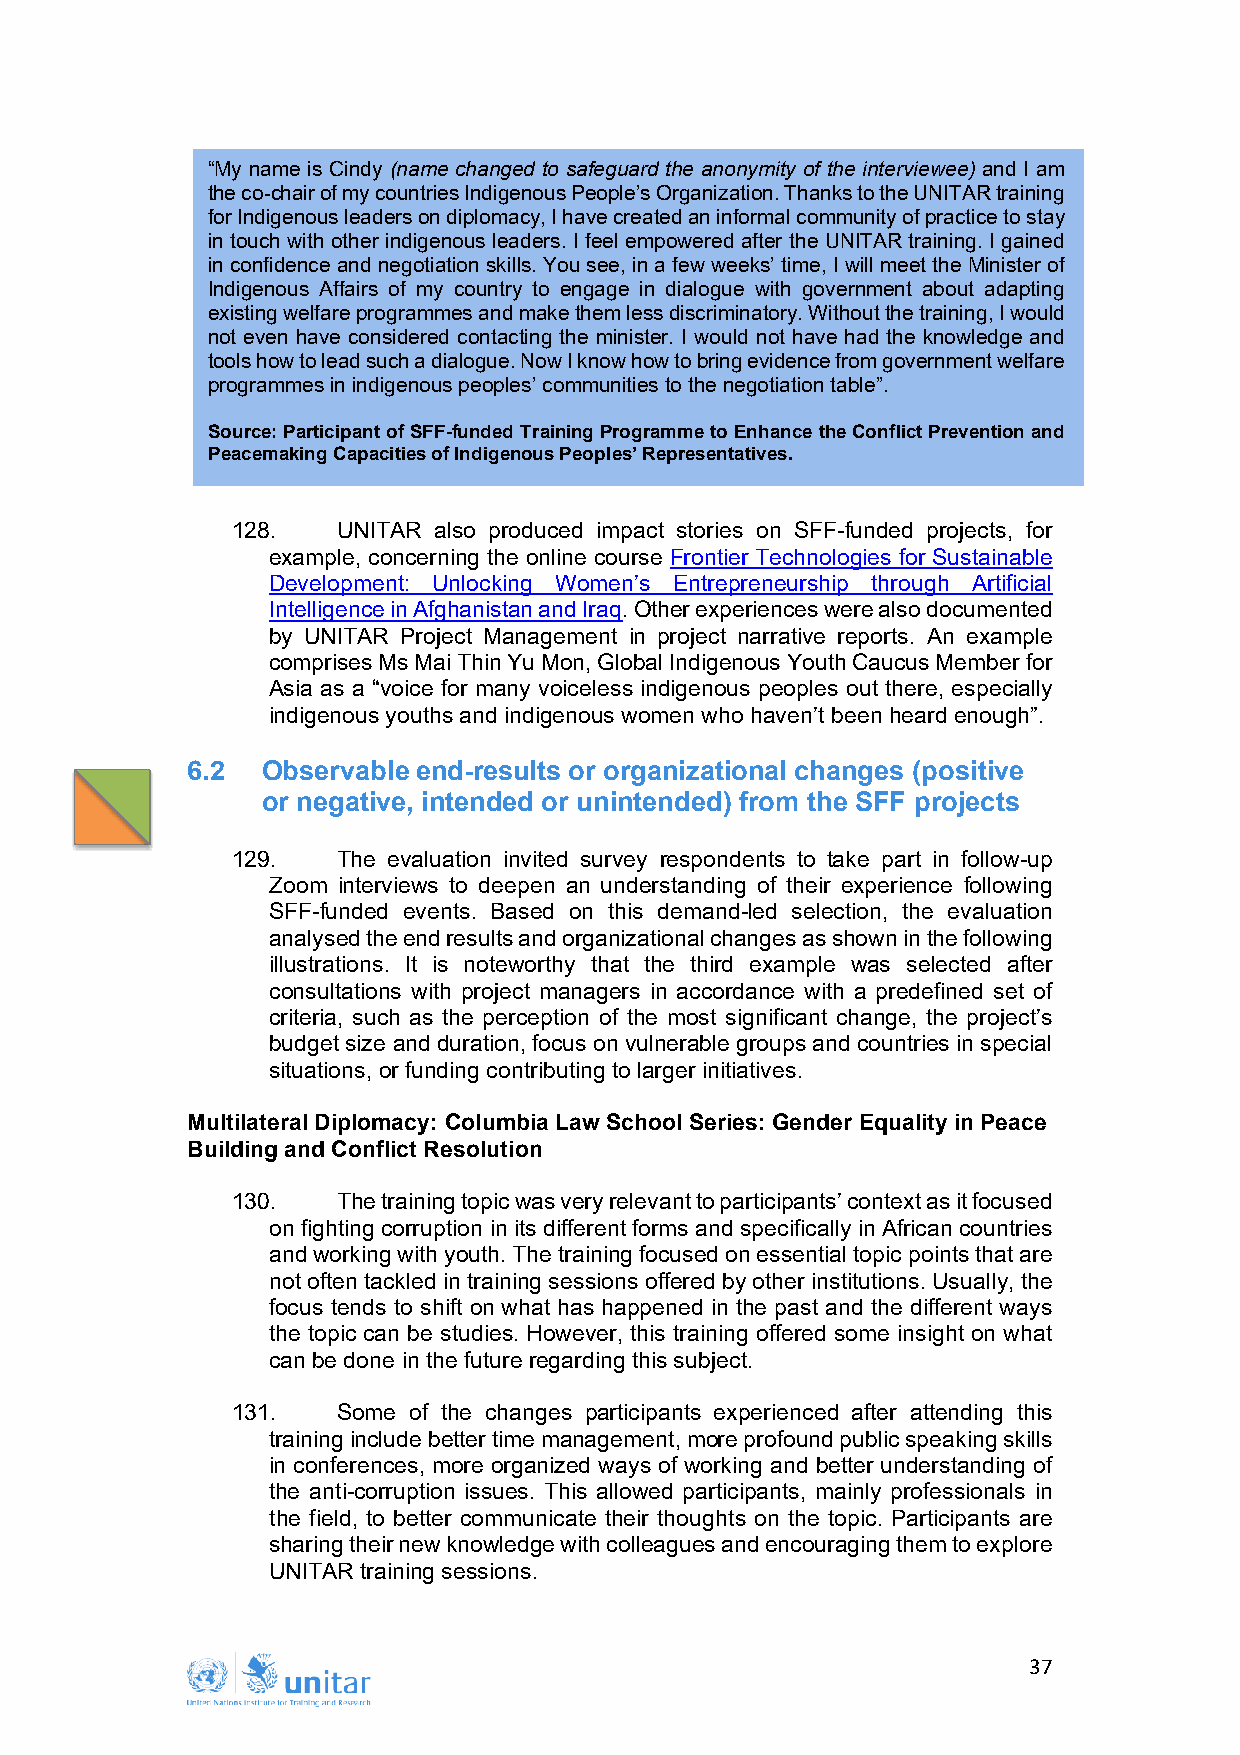
“My name is Cindy (name changed to safeguard the anonymity of the interviewee) and I am
 the co-chair of my countries Indigenous People’s Organization. Thanks to the UNITAR training
 for Indigenous leaders on diplomacy, I have created an informal community of practice to stay
 in touch with other indigenous leaders. I feel empowered after the UNITAR training. I gained
 in confidence and negotiation skills. You see, in a few weeks’ time, I will meet the Minister of
 Indigenous Affairs of my country to engage in dialogue with government about adapting
 existing welfare programmes and make them less discriminatory. Without the training, I would
 not even have considered contacting the minister. I would not have had the knowledge and
 tools how to lead such a dialogue. Now I know how to bring evidence from government welfare
 programmes in indigenous peoples’ communities to the negotiation table”.
 Source: Participant of SFF-funded Training Programme to Enhance the Conflict Prevention and
 Peacemaking Capacities of Indigenous Peoples’ Representatives.
 128.   UNITAR also produced impact stories on SFF-funded projects, for
 example, concerning the online course Frontier Technologies for Sustainable
 Development: Unlocking Women’s Entrepreneurship through Artificial
 Intelligence in Afghanistan and Iraq. Other experiences were also documented
 by UNITAR Project Management in project narrative reports. An example
 comprises Ms Mai Thin Yu Mon, Global Indigenous Youth Caucus Member for
 Asia as a “voice for many voiceless indigenous peoples out there, especially
 indigenous youths and indigenous women who haven’t been heard enough”.
 6.2  Observable end-results or organizational changes (positive
 or negative, intended or unintended) from the SFF projects
 129.   The evaluation invited survey respondents to take part in follow-up
 Zoom interviews to deepen an understanding of their experience following
 SFF-funded events. Based on this demand-led selection, the evaluation
 analysed the end results and organizational changes as shown in the following
 illustrations. It is noteworthy that the third example was selected after
 consultations with project managers in accordance with a predefined set of
 criteria, such as the perception of the most significant change, the project’s
 budget size and duration, focus on vulnerable groups and countries in special
 situations, or funding contributing to larger initiatives.
 Multilateral Diplomacy: Columbia Law School Series: Gender Equality in Peace
 Building and Conflict Resolution
 130.   The training topic was very relevant to participants’ context as it focused
 on fighting corruption in its different forms and specifically in African countries
 and working with youth. The training focused on essential topic points that are
 not often tackled in training sessions offered by other institutions. Usually, the
 focus tends to shift on what has happened in the past and the different ways
 the topic can be studies. However, this training offered some insight on what
 can be done in the future regarding this subject.
 131.   Some of the changes participants experienced after attending this
 training include better time management, more profound public speaking skills
 in conferences, more organized ways of working and better understanding of
 the anti-corruption issues. This allowed participants, mainly professionals in
 the field, to better communicate their thoughts on the topic. Participants are
 sharing their new knowledge with colleagues and encouraging them to explore
 UNITAR training sessions.
 37